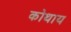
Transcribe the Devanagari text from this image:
कोथाय